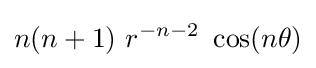
n(n+1)~r^{-n-2}~\cos(n\theta )